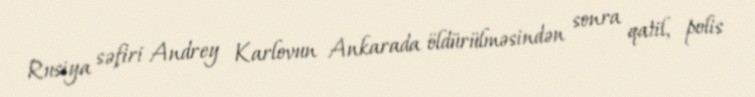
Rusiya səfiri Andrey Karlovun Ankarada öldürülməsindən sonra qatil, polis